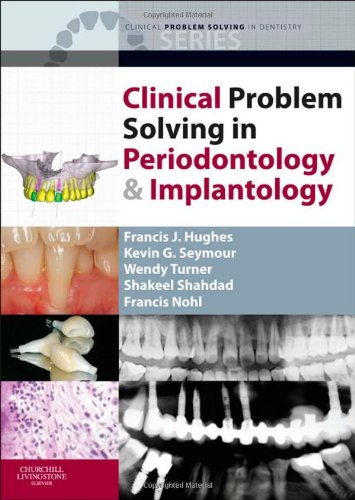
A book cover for Clinical Problem Solving in Periodontology and Implantology, 1e (Clinical Problem Solving in Dentistry); Francis J. Hughes BDS  PhD  FDS RCS; Medical Books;